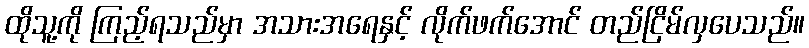
ထိုသူ့ကို ကြည့်ရသည်မှာ အသားအရေနှင့် လိုက်ဖက်အောင် တည်ငြိမ်လှပေသည်။